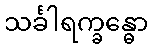
သင်္ခါရက္ခန္ဓော